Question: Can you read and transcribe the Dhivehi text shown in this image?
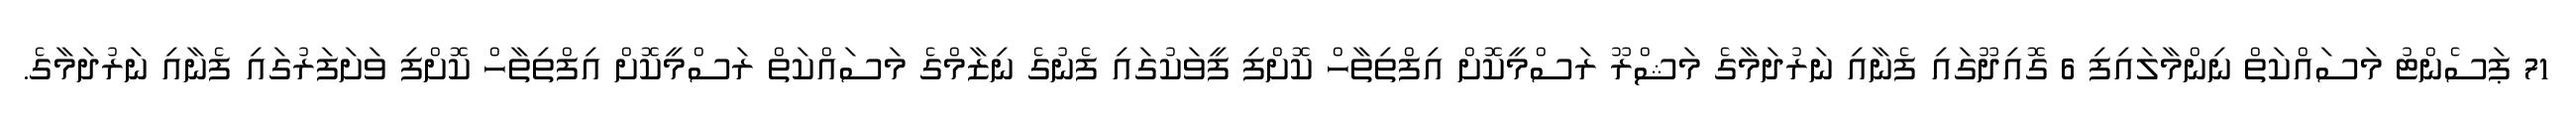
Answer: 71 ޕަސެންޓު މަސައްކަތް ނިންމާލައިފި 6 ގޮއިދޫގައި ފެނާއި ނަރުދަމާގެ މަޝްރޫ ރަސްމީކޮށް އިފްތިތާހް ކޮށްފި ފީވަކުގައި ފެނުގެ ނިޒާމްގެ މަސައްކަތް ރަސްމީކޮށް އިފްތިތާހް ކޮށްފި ވަށަފަރުގައި ފެނާއި ނަރުދަމާގެ.